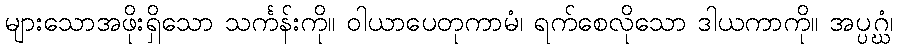
များသောအဖိုးရှိသော သင်္ကန်းကို။ ဝါယာပေတုကာမံ၊ ရက်စေလိုသော ဒါယကာကို။ အပ္ပဂ္ဃံ၊